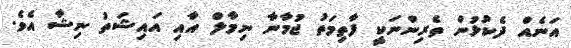
އަނެއް ދެކުޅުން ތެރިންނަކީ ފާތިމަތު ޖުމާނާ ނިމާލް އާއި އައިޝަތު ނިޝާ އެވެ.